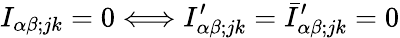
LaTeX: I_{\alpha\beta;jk}=0\Longleftrightarrow I_{\alpha\beta;jk}^{\prime}=\bar{I}_{\alpha\beta;jk}^{\prime}=0